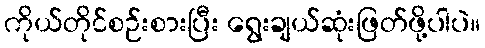
ကိုယ်တိုင်စဉ်းစားပြီး ရွေးချယ်ဆုံးဖြတ်ဖို့ပါပဲ။